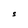
Character: S